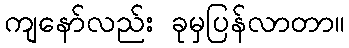
ကျနော်လည်း ခုမှပြန်လာတာ။